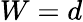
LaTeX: W=d